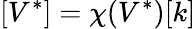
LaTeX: [V^{*}]=\chi(V^{*})[k]